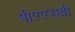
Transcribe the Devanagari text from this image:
पीएएसवी